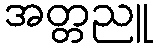
အတ္တညူ